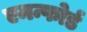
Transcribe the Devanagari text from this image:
एमन्फोर्ड